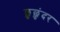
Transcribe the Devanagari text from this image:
छुछुंदर